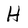
Character: H